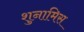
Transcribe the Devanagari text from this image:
शुनामिस